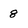
Character: 8